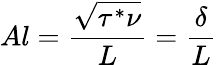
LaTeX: Al=\frac{\sqrt{\tau^{*}\nu}}{L}=\frac{\delta}{L}